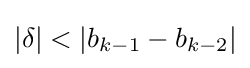
{\textstyle |\delta |<|b_{k-1}-b_{k-2}|}